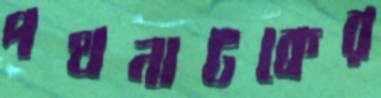
পথনাটকের